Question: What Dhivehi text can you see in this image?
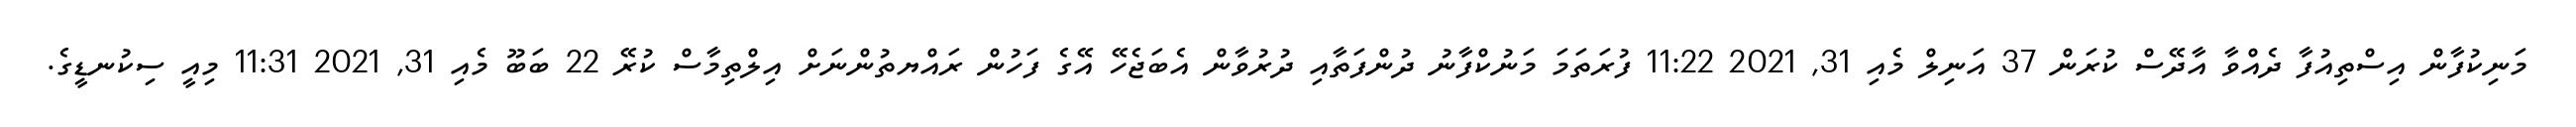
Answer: މަނިކުފާން އިސްތިއުފާ ދެއްވާ އާދޭސް ކުރަން 37 އަނިލް މެއި 31, 2021 11:22 ފުރަތަމަ މަނުކްފާނު ދުންފަތާއި ދުރުވާން އެބަޖެހޭ އޭގެ ފަހުން ރައްޔތުންނަށް އިލްތިމާސް ކުރޭ 22 ބަބޫ މެއި 31, 2021 11:31 މިއީ ސިކުނޑީގެ.